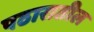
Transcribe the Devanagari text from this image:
पठारातील